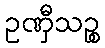
ဥဏှီသဉ္စ